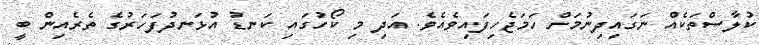
ކުލާސްތަކެއް ނަގައިދިނުމަށް ހަމަޖެހިފައިވެއެވެ. އަދި މި ކޯހުގައި ކަނޑު އުޅަނދުފަހަރުގެ ތެރެއިން ބީ